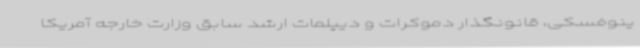
ینوفسکی، قانونگذار دموکرات و دیپلمات ارشد سابق وزارت خارجه آمریکا